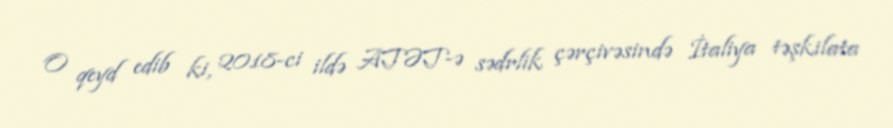
O qeyd edib ki, 2018-ci ildə ATƏT-ə sədrlik çərçivəsində İtaliya təşkilata